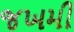
જખમી